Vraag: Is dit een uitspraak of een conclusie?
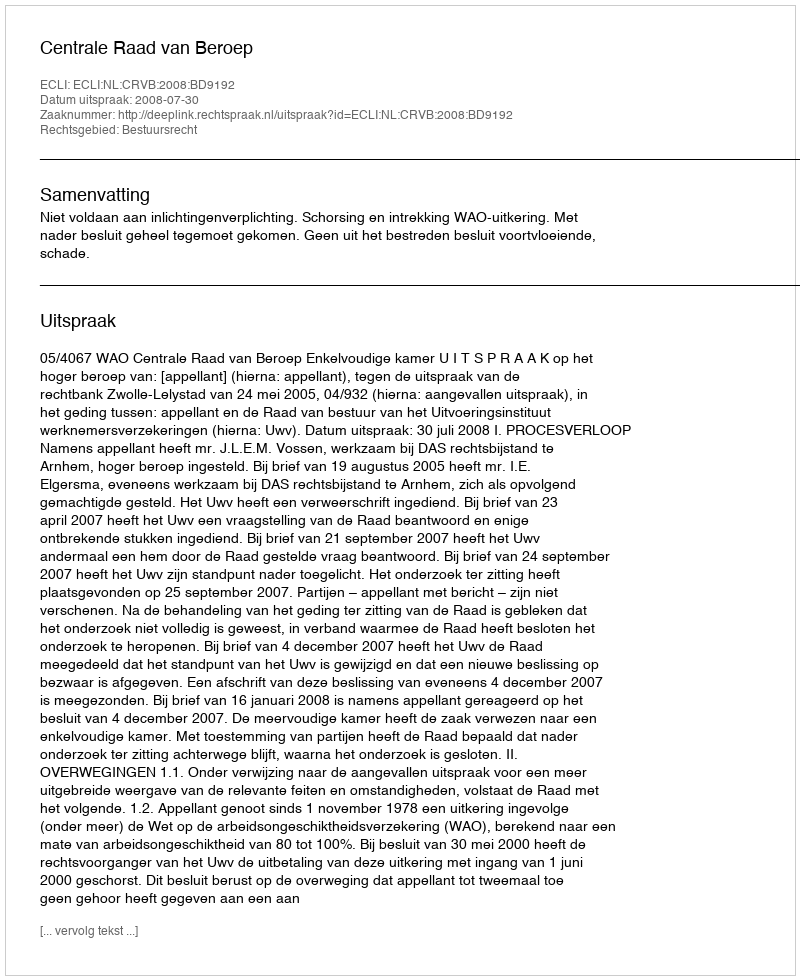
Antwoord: Uitspraak